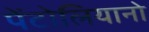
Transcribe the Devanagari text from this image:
पेंटोलियानो